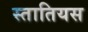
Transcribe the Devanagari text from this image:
स्तातियस